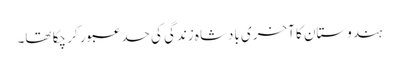
ہندوستان کا آخری بادشاہ زندگی کی حد عبور کر چکا تھا۔